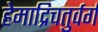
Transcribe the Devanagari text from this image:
हेमाद्रिचतुर्वर्गं